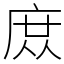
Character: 庻